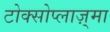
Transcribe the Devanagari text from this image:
टोक्सोप्लाज़्मा